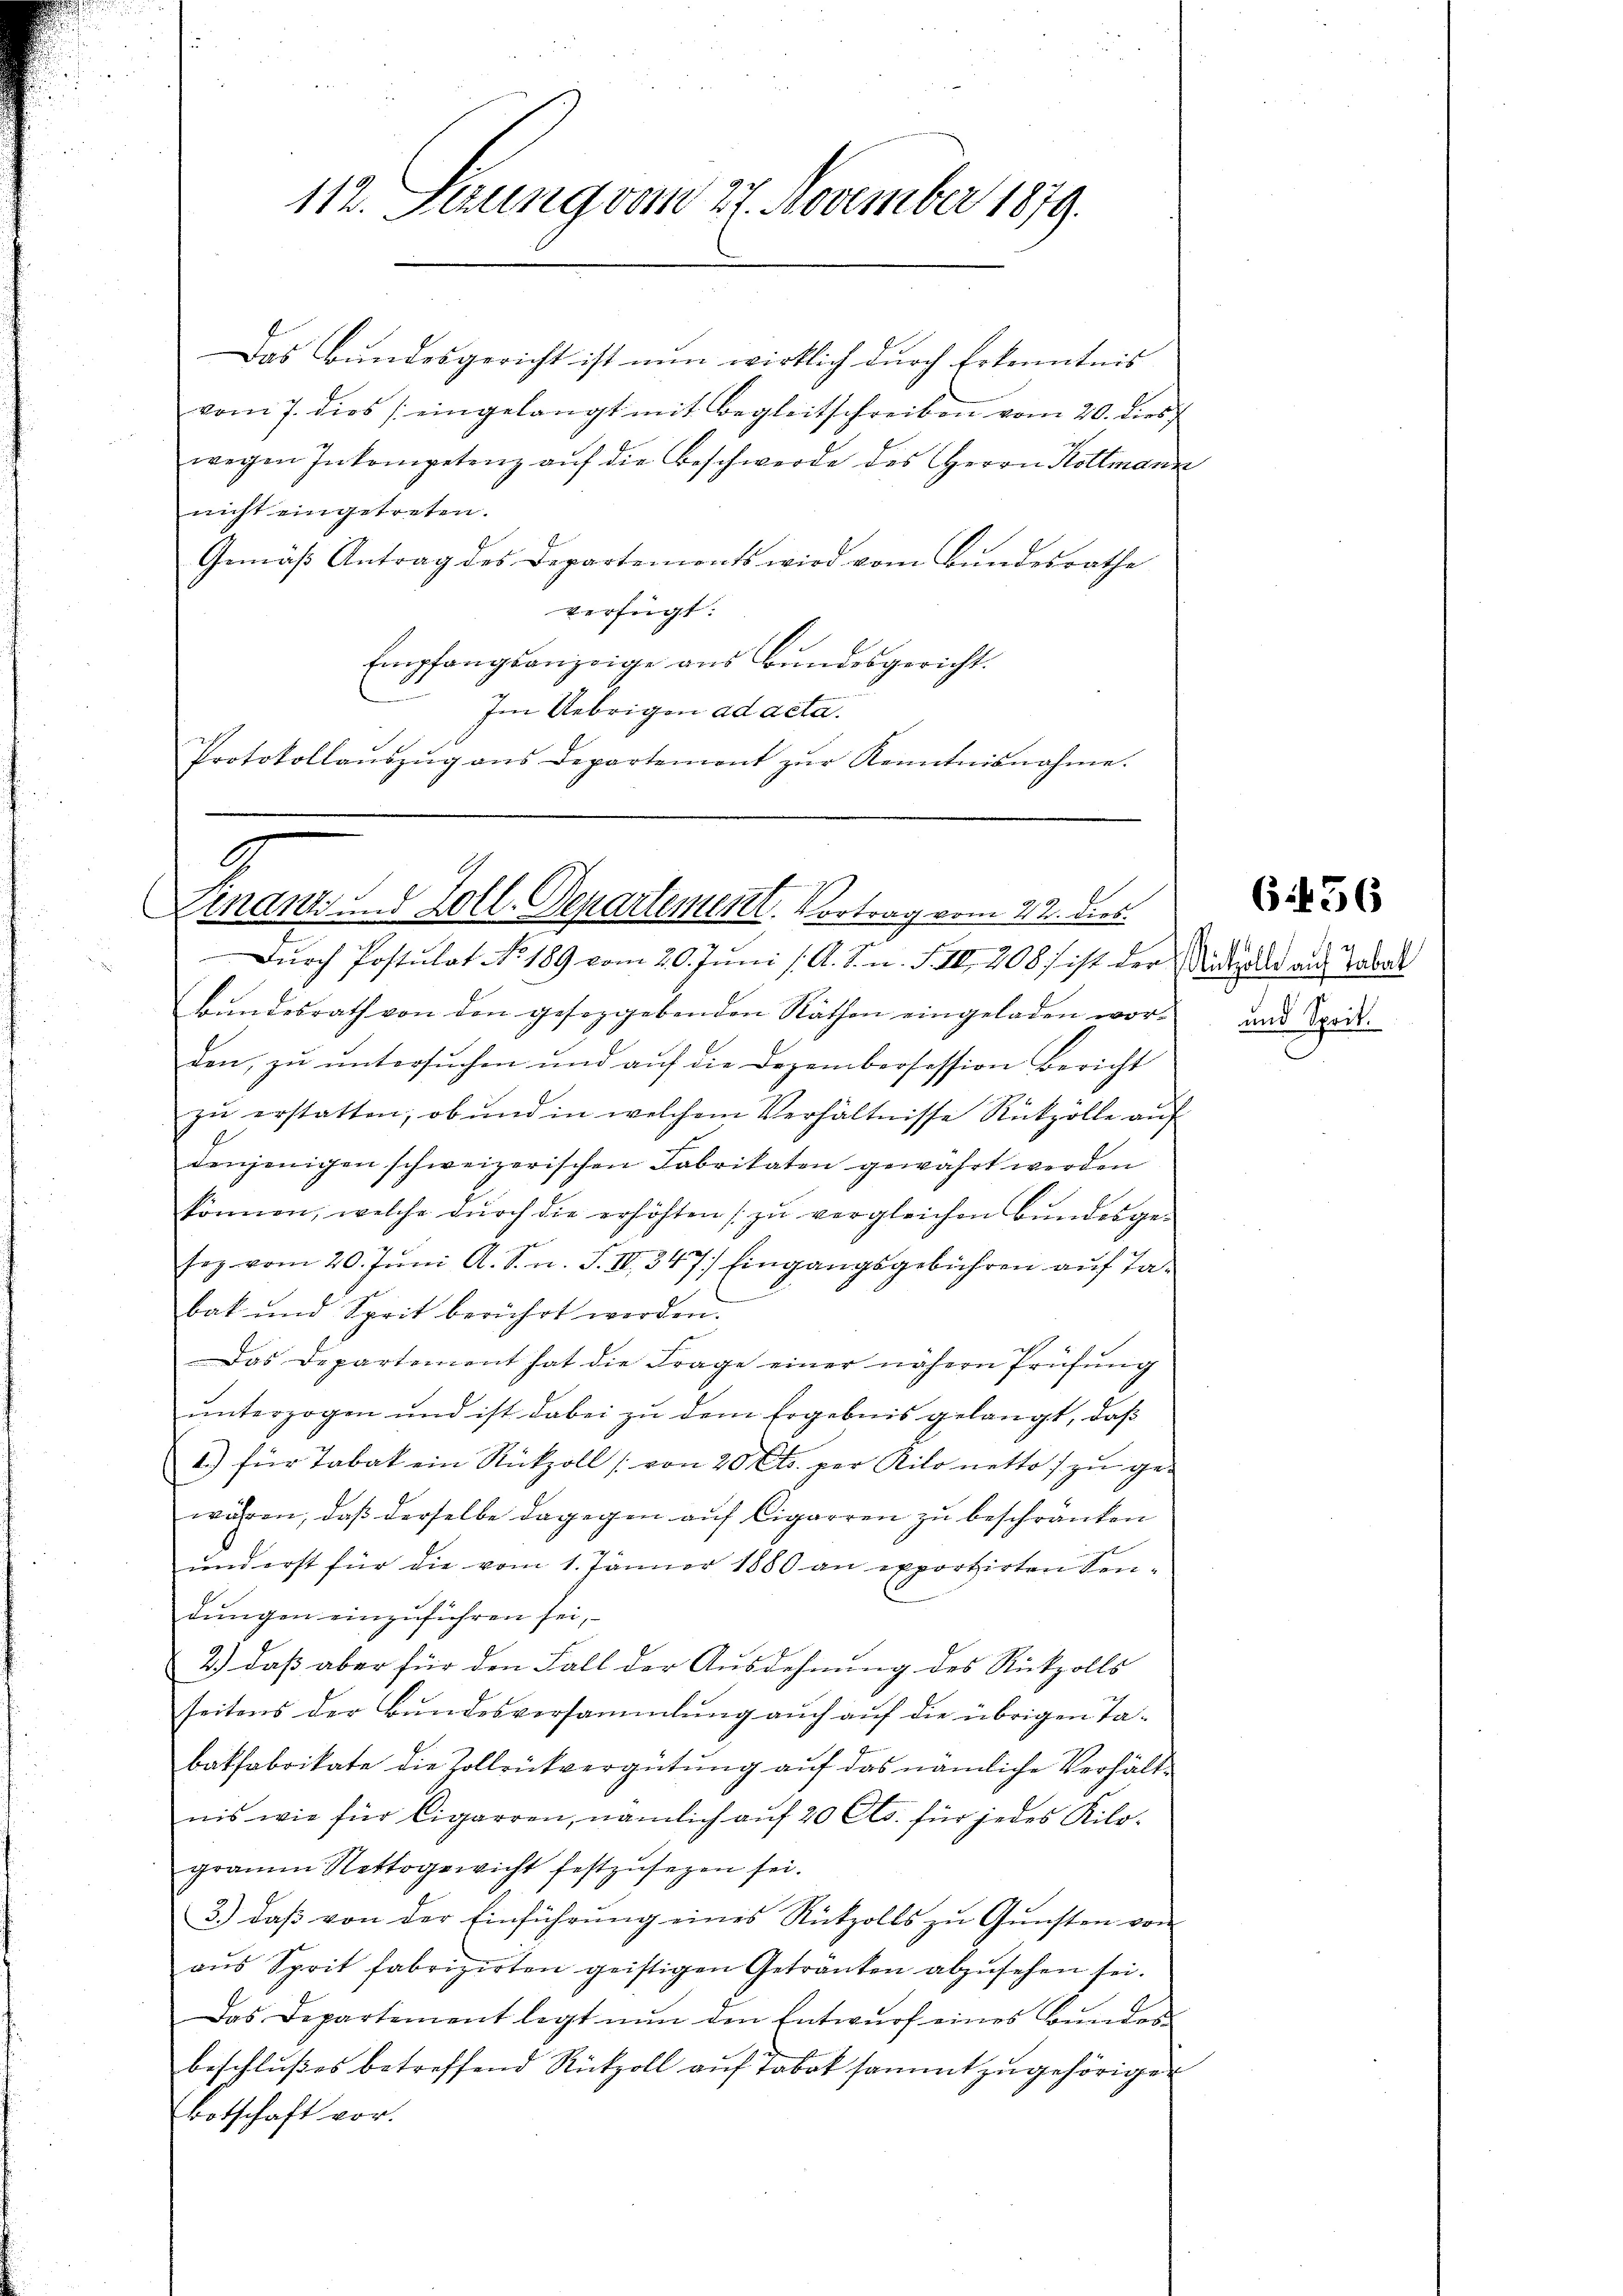
112. Serung vom 27. November 1879.

Das Bundesgericht ist nun wirklich durch Erkenntnis
vom 7. dies eingelangt mit Begleitschreiben vom 20. dies
wegen Inkompetenz aŭf die Beschwerde des Herrn Kottmann
nicht eingetreten.
Gemäß Antrag des Departements wird vom Bundesrathe
verfügt:
Empfangsanzeige aus Bundesgericht.
.
Im Uebrigen ad acta.
Protokollaŭszŭg ans Departement zŭr Kenntnisnahme.

2
Einanz und Zoll-Departementl. Vortrag vom 22. dies

Durch Postulat No. 189 vom 20. Juni /: A. S. n. F. II 208) ist der Minde der aus Taba
Bŭndesrath von den geseggebenden Räthen eingeladen wor-
den, zŭ ŭntersŭchen und aŭf die Dezembersession Bericht
zŭ erstatten, ob und in welchem Verhältnisse Rückzölle aŭf
denjenigen schweizerischen Fabrikaten gewahrt werden
können, welche dŭrch die erhöhten zŭ vergleichen Bŭndesge-
soz. vom 20. Jŭni A. S. n. F. III 347) Eingangsgebühren auf Tabat und Sprit berührt werden.
Das Departement hat die Frage einer nähern Prüfŭng
unterzogen und ist dabei zu dem Ergebnis gelangt, daß
1.) für Tabak ein Rückzoll (von 20 Cts. per Kilo netto zŭ ge-
währen, daß derselbe dagegen auf Cigarren zu beschränken
und erst für die vom 1. Jänner 1880 an exportirten Sen-
dungen einzuführen sei,
2.) daß aber für den Fall der Ausdehnung des Rückzolls
seitens der Bundesversammlung auch auf die übrigen Tabatfabrikate die Zollrückvergütŭng aŭf das nämliche Verhält-
nis wie für Cigarren, nämlich auf 20 Cts. für jedes Kilogramm Nettogewicht festzŭsezen sei.
3.) daβ von der Einführŭng eines Rückzolls zŭ Gŭnsten von
aŭs Sprit fabrizirten geistigen Getränken abzŭsehen sei.
Das Departement legt nŭn den Entwŭrf eines Bŭnden
beschlußes betreffend Rückzoll auf Tabak sammt zugehörigen
Botschaft vor.

und Sprit.

(1456